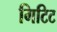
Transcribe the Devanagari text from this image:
गिटिट